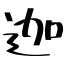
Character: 迦